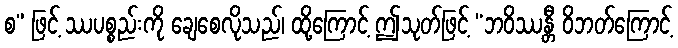
စ” ဖြင့် ဿပစ္စည်းကို ချေစေလိုသည်၊ ထို့ကြောင့် ဤသုတ်ဖြင့် “ဘဝိဿန္တီ ဝိဘတ်ကြောင့်